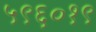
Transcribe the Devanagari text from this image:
५९६०१९